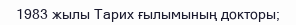
1983 жылы Тарих ғылымының докторы;